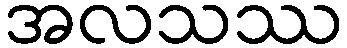
အလသဿ